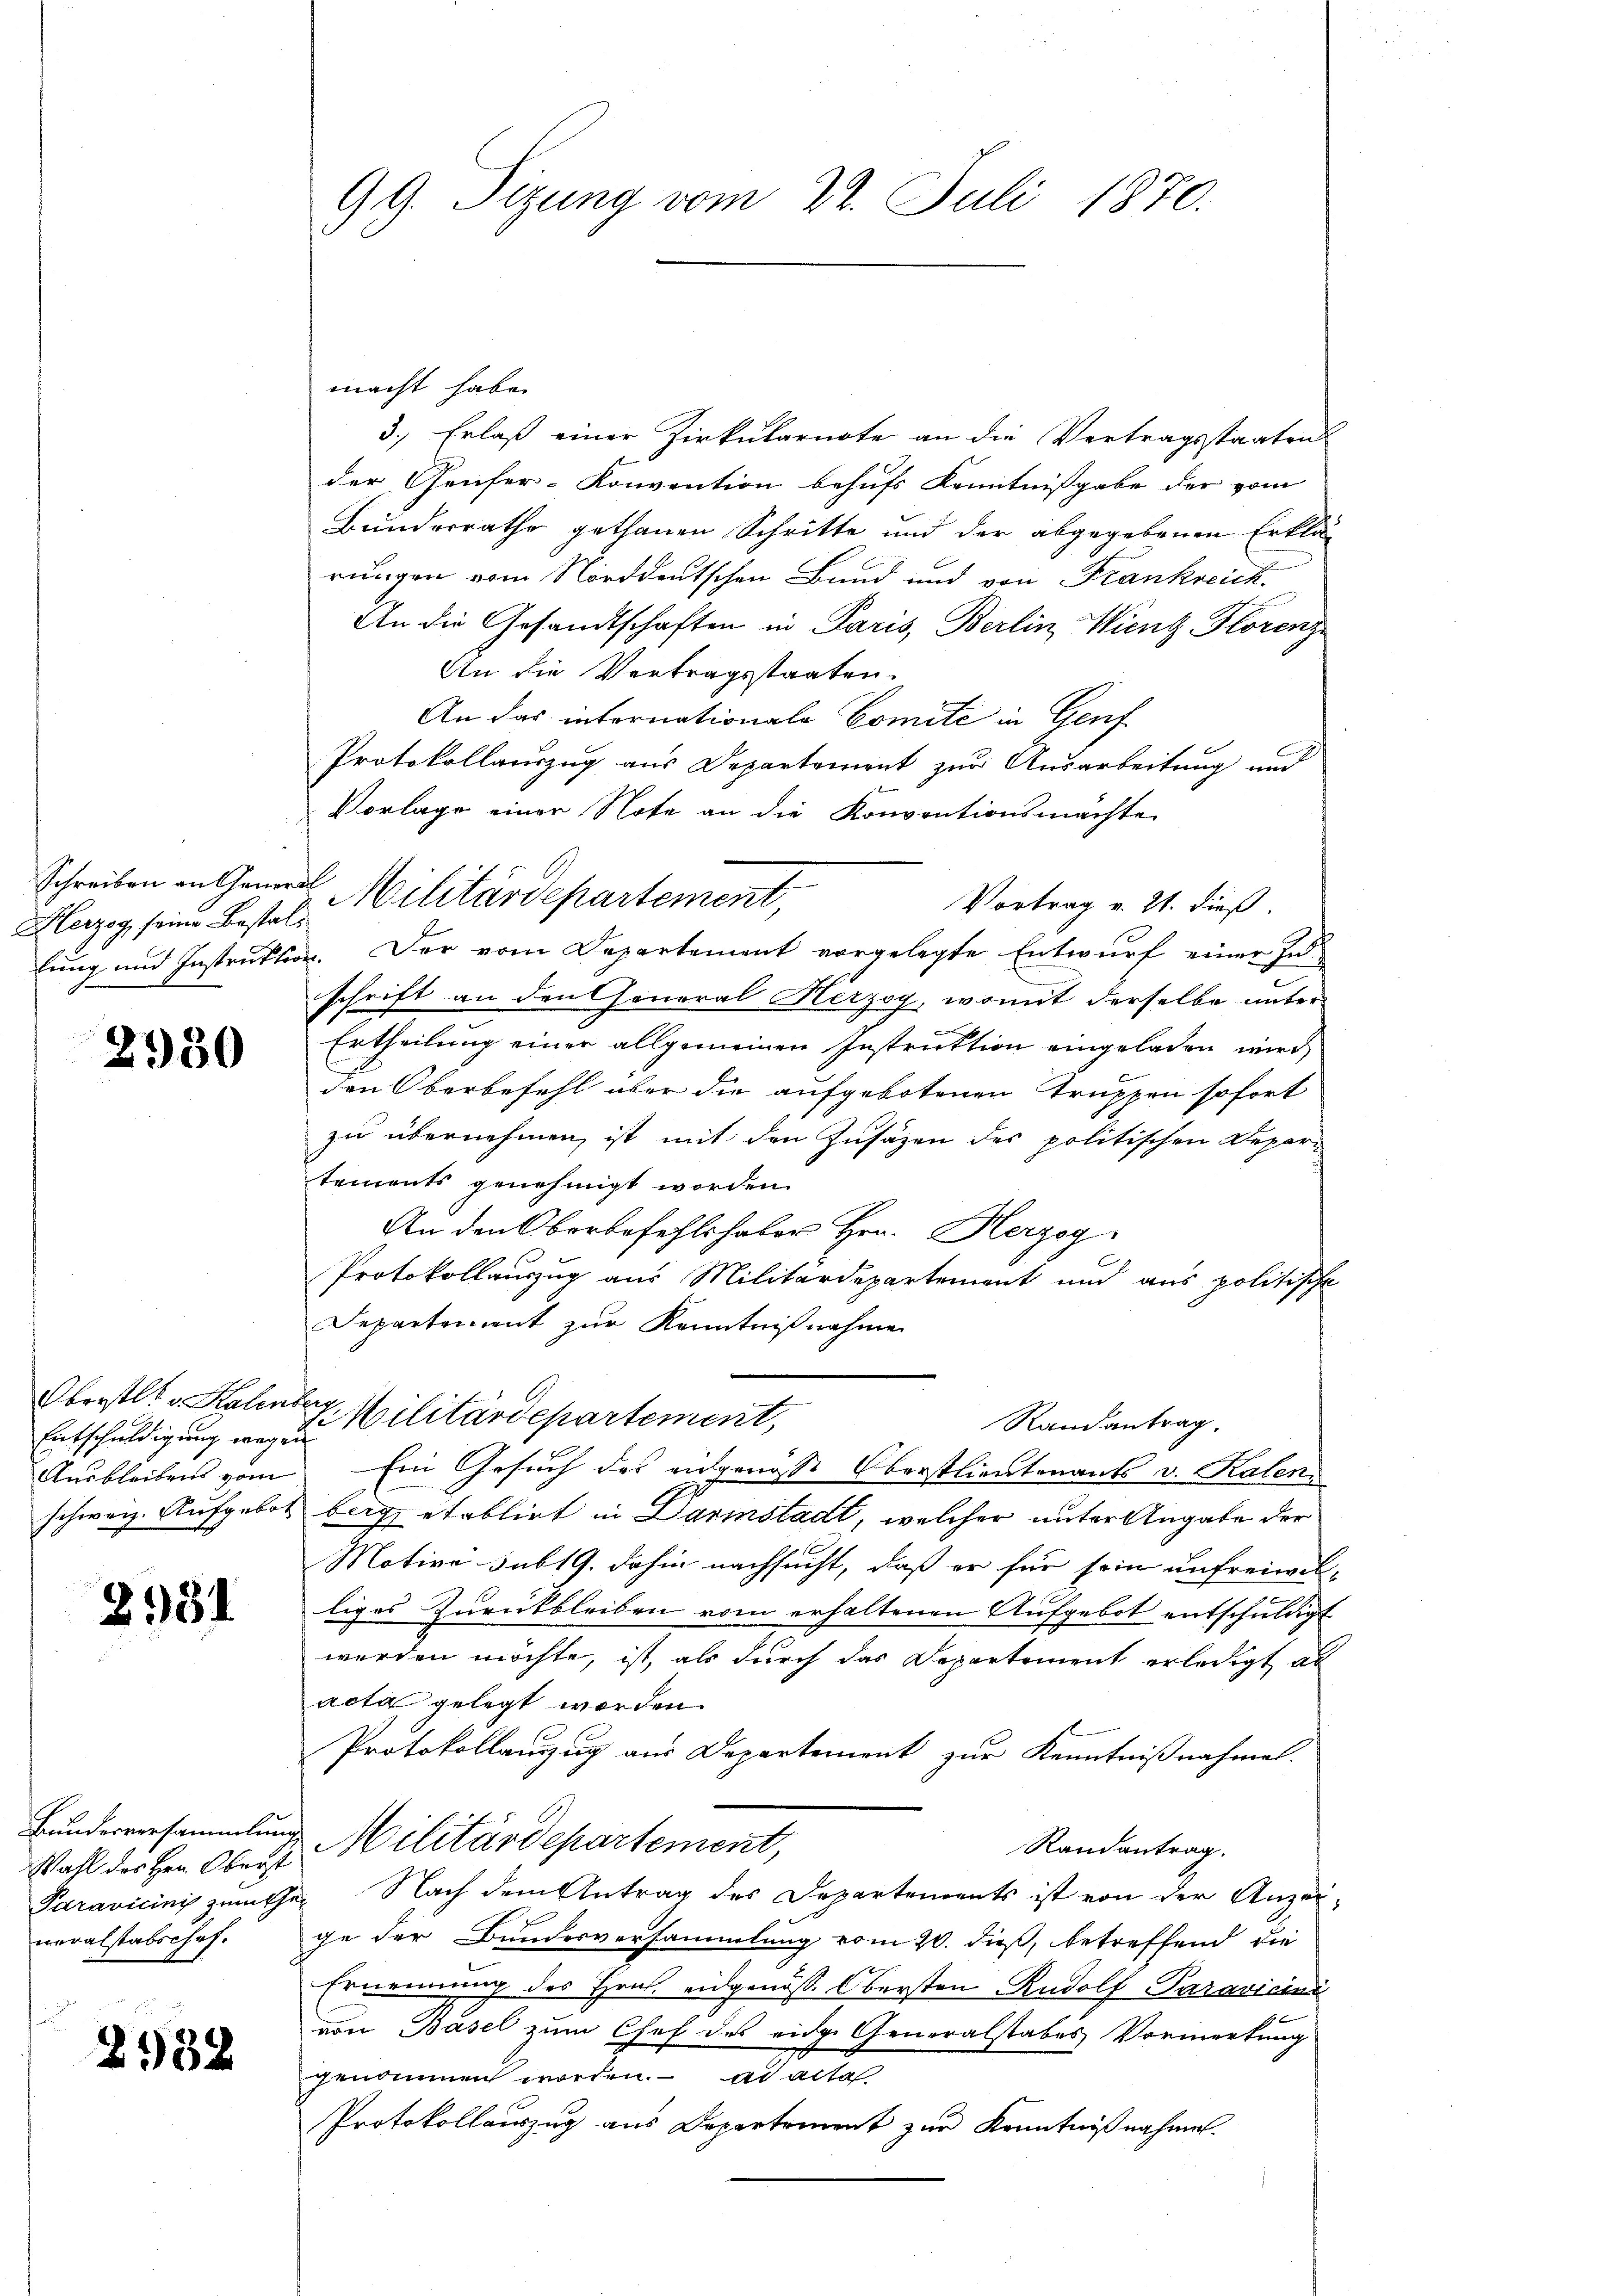
Herzog seine Bestalt

2930

Entschuldigung wegen
Ausbleibens vom

2931

Wahl des Hrn. Oberst
neralstabschof.

2932

99. Sizung vom 22. Juli 1870.

macht habe.
3.) Erlaß einer Zirkularnote an die Vertragsstaaten
der Genfer-Konvention behufs Kenntnißgabe der vom
Bunderrathe gethanen Schritte und der abgegebenen Erklär
rungen vom Norddeutschen Bund und von Frankreich.
An die Gesandtschaften in Paris, Berlin Wieng Florenz
An die Vertragsstaaten.
An das internationale Comite in Genf
Protokollauszug aus Departement zur Ausarbeitung und
Vorlage einer Note an die Konventionsmachte
Vortrag v. 21. dieß.
lung und Instruktion. Der vom Departement vorgelegte Entwurf einer Inschrift an den General Herzog, womit derselbe unter
Ertheilung einer allgemeinen Instruktion eingeladen wird,
den Oberbefehl aber die aufgebotenen Truppen sofort
zu übernehmen, ist mit den Zusäzen des politischen Depar-
tements genehmigt worden.
An den Oberbefehlshaber Hrn. Herzog
Protokollauzug aus Militärdepartement und aus politische
Departement zur Kenntnißnahme
Oberstl. v. Kalenter Militärdepartement,
Randantrag.
Ein Gesuch des eidgenösse Oberstlieutenants v. Kalen
schweiz. Aufgebot beige etablirt in Darmstadt, welcher unter Angabe der
Motive sub 19. dahin nachsucht, daß er für sein unfreiwilliges Zurückbleiben vom erhaltenen Aufgebot entschuldigt
werden möchte, ist, als durch das Departement erledigt al
acta gelegt worden.
Protokollauszug aus Departement zur Kenntnißnahmen.
Bundesversammlung Militärdepartement,
Randantrag.
Paravicini zeücher Nach dem Antrag des Departements ist von der Anzeige der Bundesversammlung vom 20. dieß, betreffend die
Ernennung des Hrn. eidgenöss. Obersten Rudolf-Paravicini
von Basel zum Chef des eidg. Generalstabes Vormerkung
genommen worden. ad acta
Protokollauszug aus Departement zur Kenntnißnahmen.

Schreiben in Gemeil Militärdepartement,